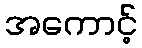
အကောင့်